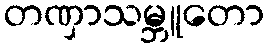
တဏှာသမ္ဘူတော